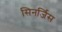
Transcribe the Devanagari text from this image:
सिनर्जिस